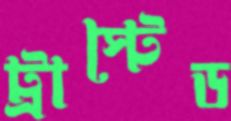
ট্রাস্টেড